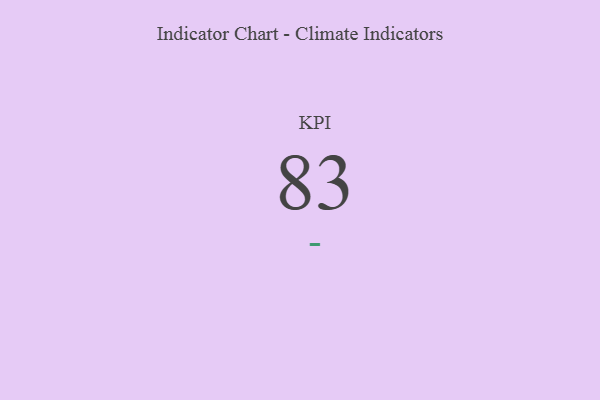
{"axis": {"x": "KPI", "y": "Value"}, "legend": [""], "data": [{"x": "KPI", "y": 83, "type": ""}]}